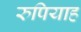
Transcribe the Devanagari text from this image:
रुपियाह